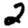
Digit: 2